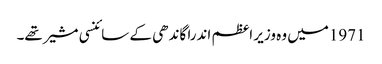
1971میں وہ وزیر اعظم اندرا گاندھی کے سائنسی مشیر تھے۔